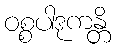
ဝစ္စပါဒုကန္တိ